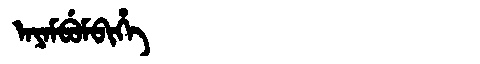
Manchu: ᠠᠶᠠᠮᠪᡠᠮᠪᡳᡥᡝ
Romanization: AYAMBUMBIHE